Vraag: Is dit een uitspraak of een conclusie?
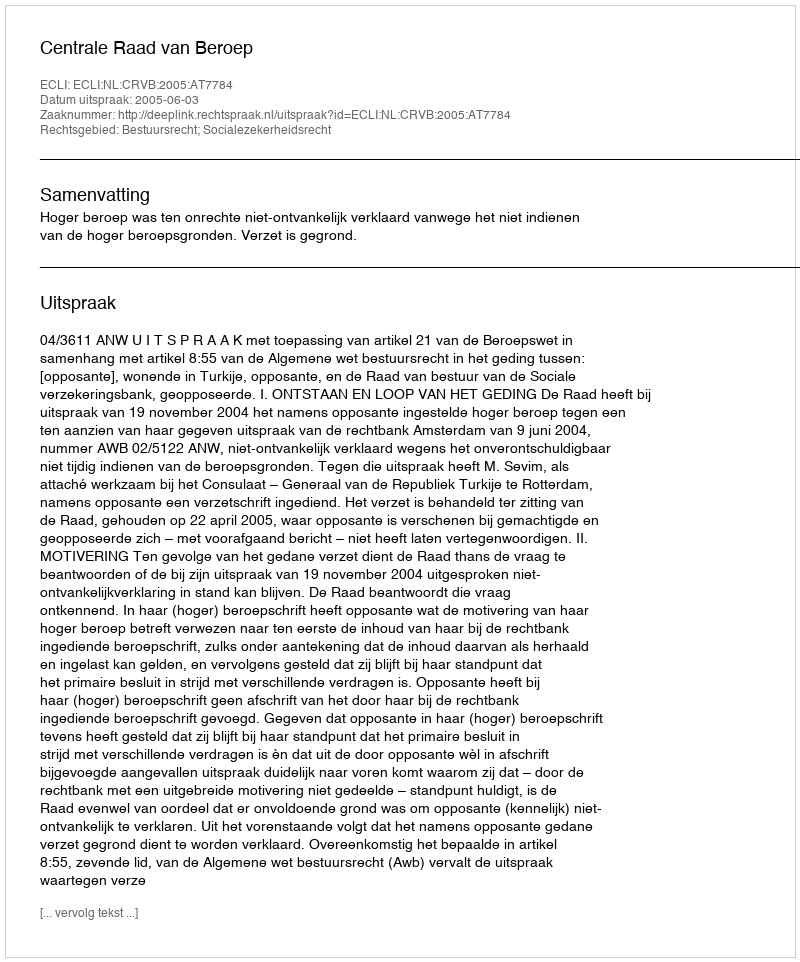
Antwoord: Uitspraak